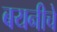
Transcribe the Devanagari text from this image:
बयनीचे